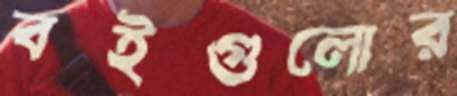
বইগুলোর